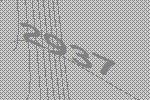
2937